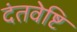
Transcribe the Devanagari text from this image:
दंतवेष्टि